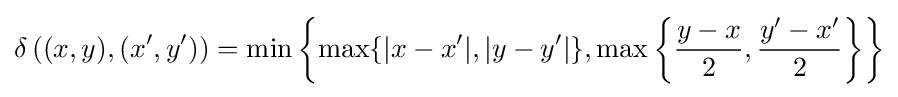
\delta \left((x,y),(x',y')\right)=\min \left\{\max\{|x-x'|,|y-y'|\},\max \left\{{\frac {y-x}{2}},{\frac {y'-x'}{2}}\right\}\right\}